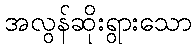
အလွန်ဆိုးရွားသော